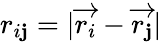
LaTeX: r_{i\mathbf{j}}=|\overrightarrow{{r_{i}}}-\overrightarrow{{r_{\mathbf{j}}}}|